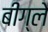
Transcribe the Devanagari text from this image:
बीग्ले